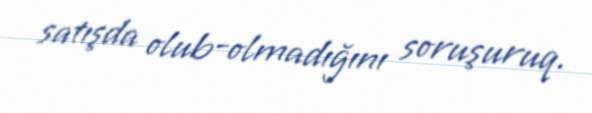
satışda olub-olmadığını soruşuruq.